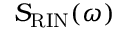
S _ { \mathrm { R I N } } ( \omega )